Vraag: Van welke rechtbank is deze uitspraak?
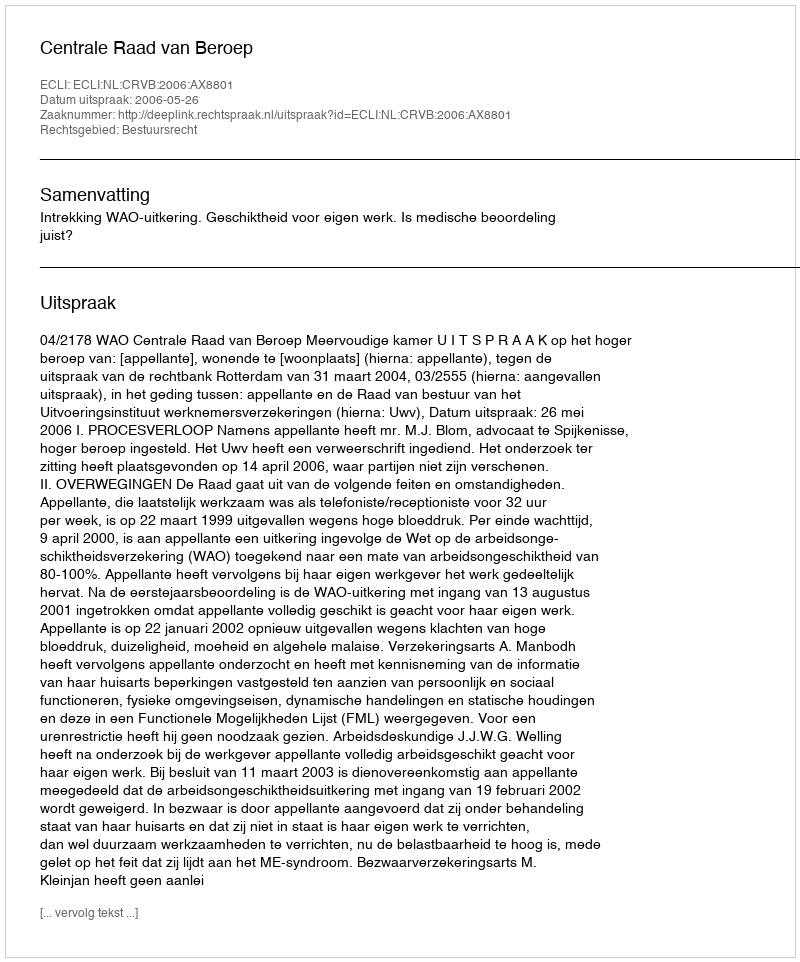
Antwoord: Centrale Raad van Beroep